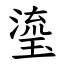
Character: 瑬